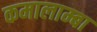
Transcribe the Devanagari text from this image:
कमालाम्बा